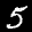
Label: 5